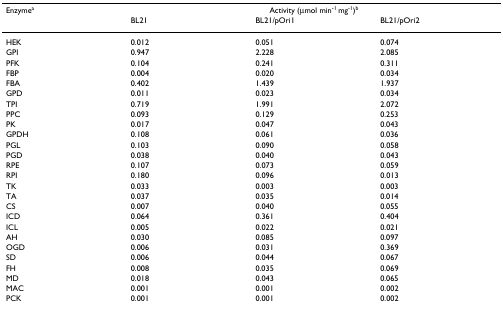
<table><thead><tr><td><b>Enzyme<sup>a</sup></b></td><td colspan="3"><b>Activity (μmol min<sup>-1 </sup>mg<sup>-1</sup>)<sup>b</sup></b></td></tr><tr><td></td><td><b>BL21</b></td><td><b>BL21/pOri1</b></td><td><b>BL21/pOri2</b></td></tr></thead><tbody><tr><td>HEK</td><td>0.012</td><td>0.051</td><td>0.074</td></tr><tr><td>GPI</td><td>0.947</td><td>2.228</td><td>2.085</td></tr><tr><td>PFK</td><td>0.104</td><td>0.241</td><td>0.311</td></tr><tr><td>FBP</td><td>0.004</td><td>0.020</td><td>0.034</td></tr><tr><td>FBA</td><td>0.402</td><td>1.439</td><td>1.937</td></tr><tr><td>GPD</td><td>0.011</td><td>0.023</td><td>0.034</td></tr><tr><td>TPI</td><td>0.719</td><td>1.991</td><td>2.072</td></tr><tr><td>PPC</td><td>0.093</td><td>0.129</td><td>0.253</td></tr><tr><td>PK</td><td>0.017</td><td>0.047</td><td>0.043</td></tr><tr><td>GPDH</td><td>0.108</td><td>0.061</td><td>0.036</td></tr><tr><td>PGL</td><td>0.103</td><td>0.090</td><td>0.058</td></tr><tr><td>PGD</td><td>0.038</td><td>0.040</td><td>0.043</td></tr><tr><td>RPE</td><td>0.107</td><td>0.073</td><td>0.059</td></tr><tr><td>RPI</td><td>0.180</td><td>0.096</td><td>0.013</td></tr><tr><td>TK</td><td>0.033</td><td>0.003</td><td>0.003</td></tr><tr><td>TA</td><td>0.037</td><td>0.035</td><td>0.014</td></tr><tr><td>CS</td><td>0.007</td><td>0.040</td><td>0.055</td></tr><tr><td>ICD</td><td>0.064</td><td>0.361</td><td>0.404</td></tr><tr><td>ICL</td><td>0.005</td><td>0.022</td><td>0.021</td></tr><tr><td>AH</td><td>0.030</td><td>0.085</td><td>0.097</td></tr><tr><td>OGD</td><td>0.006</td><td>0.031</td><td>0.369</td></tr><tr><td>SD</td><td>0.006</td><td>0.044</td><td>0.067</td></tr><tr><td>FH</td><td>0.008</td><td>0.035</td><td>0.069</td></tr><tr><td>MD</td><td>0.018</td><td>0.043</td><td>0.065</td></tr><tr><td>MAC</td><td>0.001</td><td>0.001</td><td>0.002</td></tr><tr><td>PCK</td><td>0.001</td><td>0.001</td><td>0.002</td></tr></tbody></table>